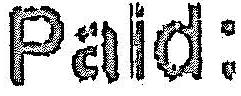
PAID: